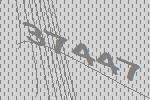
37447